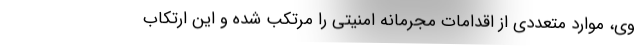
وی، موارد متعددی از اقدامات مجرمانه امنیتی را مرتکب شده و این ارتکاب